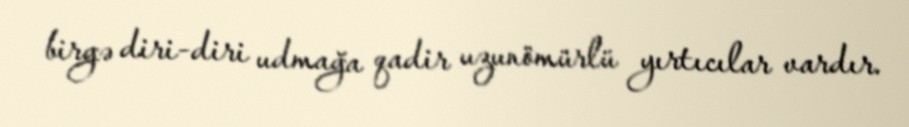
birgə diri-diri udmağa qadir uzunömürlü yırtıcılar vardır.